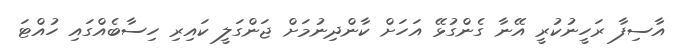
އާސިފާ ރަހީނުކުރީ އޭނާ ގެންގުޅޭ އަހަށް ކާންދިނުމަށް ޖަންގަލީ ކައިރި ހިސާބެއްގައި ހުއްޓަ